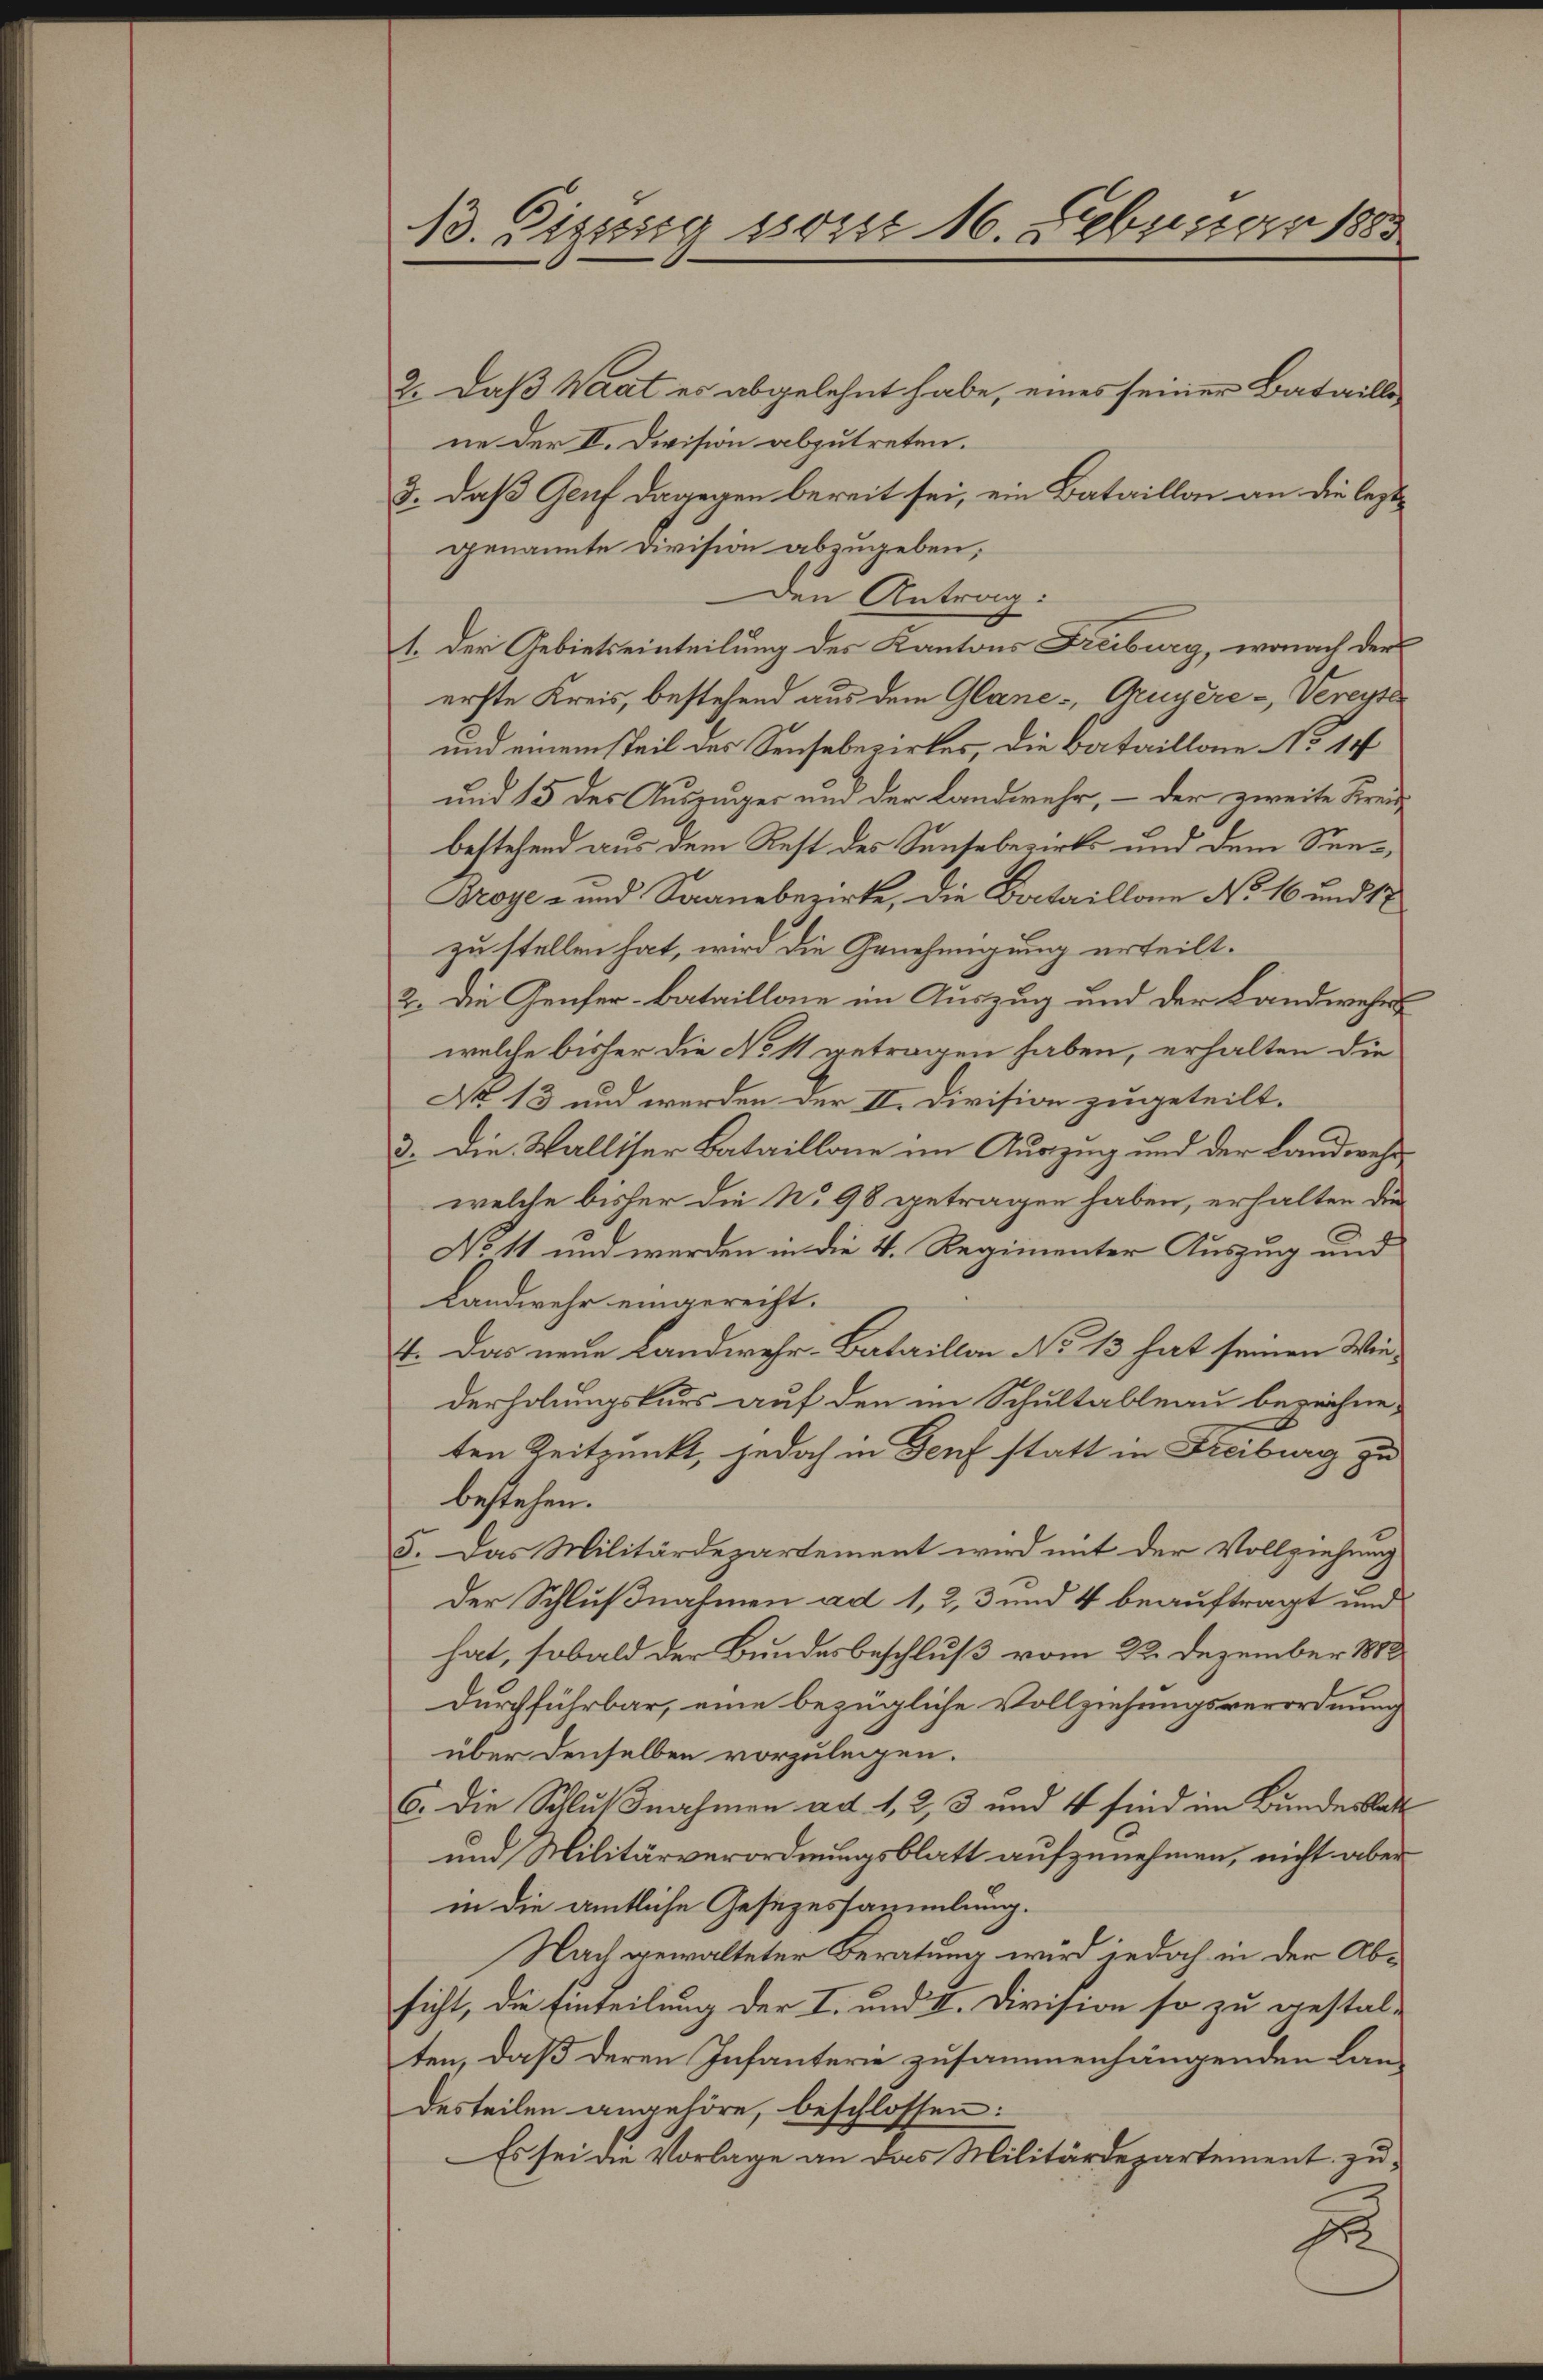
13. Digung son 16. Februar 1885

2. Daß Waat es abgelehnt habe, eines seiner Batailline der II. Division abzutreten.
3. daß Genf dagegen bereit sei, ein Bataillon an die leztgenannte Division abzugeben;
den Antrag:
1. Der Gebietseinteilung des Kantons Freiburg, wonach der
erste Kreis, bestehend aus dem Glane-, Gruyère - Vereyte
und einem steil des Sensebezirkes, die Bataillon No 10
und 15 des Auszuger und der Landwehr, – der zweite Kreibestehend aus dem Rest des Sensebezirks und dem Sin¬
Broye- und Saaneberirte, die Bataillon No 16 und 17
zu stellen hat, wird die Genehmigung erteilt.
2. Die Genfer-Bataillone im Auszug und der Landwehrs
welche bisher die Nott getragen haben, erhalten die
No 13 und werden der II. Division zugeteilt.
3. Die Walliser Bataillone im Auszug und der Landwehrwelche bisher die No 98 getragen haben, erhalten die
No 11 und werden in die 4. Regimenter Auszug und
Landwehr eingerecht.
4. Das neue Landwehr-Bataillon No 13 hat seinen Wiederholungskurs auf den im Schultableau bezeichne¬
E
ten Zeitpunkt, jedoch in Genf statt in Freiburg zu
bestehen.
5. Das Militärdepartement wird mit der Vollziehung
der Schlußnahmen ad 1, 2, 3 und 4 beauftragt und
hat, sobald der Bundesbeschluß vom 22. Dezember 1888
durchführbar, eine bezügliche Vollziehungsverordnung
über denselben vorzulegen.
6. Die Schlußnahmen ad 1, 2, 3 und 4 sind im Bundesblatt
und Militärverordnungsblatt aufzunehmen, nicht aber
in die amtliche Gesezessammlung.
Nach gewalteter Beratung wird jedoch in der Absicht, die Einteilung der I. und II. Division so zu gestal-
ten, daß deren Infanterie zusammenhängenden Lan-
desteilen angehöre, beschlossen:
Es sei die Vorlage an das Militärdepartement zug